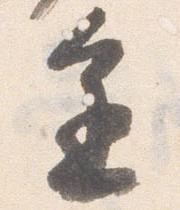
進